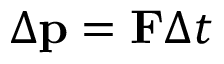
\Delta \mathbf { p } = \mathbf { F } \Delta t